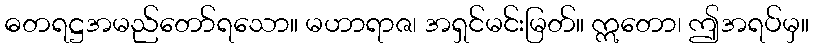
ဓတရဋ္ဌအမည်တော်ရသော။ မဟာရာဇ၊ အရှင်မင်းမြတ်။ ဣတော၊ ဤအရပ်မှ။